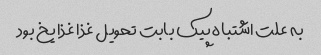
به علت اشتباه پیک بابت تحویل غذا غذا یخ بود